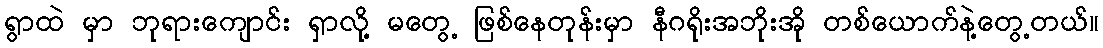
ရွာထဲ မှာ ဘုရားကျောင်း ရှာလို့ မတွေ့ ဖြစ်နေတုန်းမှာ နီဂရိုးအဘိုးအို တစ်ယောက်နဲ့တွေ့တယ်။